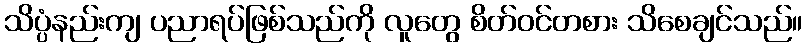
သိပ္ပံနည်းကျ ပညာရပ်ဖြစ်သည်ကို လူတွေ စိတ်ဝင်တစား သိစေချင်သည်။